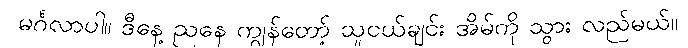
မင်္ဂလာပါ။ ဒီနေ့ ညနေ ကျွန်တော့် သူငယ်ချင်း အိမ်ကို သွား လည်မယ်။